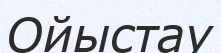
Ойыстау